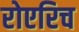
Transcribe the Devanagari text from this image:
रोएरिच